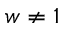
w \ne 1